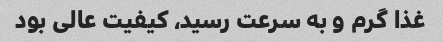
غذا گرم و به سرعت رسید، کیفیت عالی بود